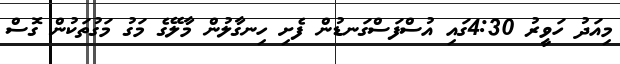
މިއަދު ހަވީރު 4:30ގައި އުސްފަސްގަނޑުން ފެށި ހިނގާލުން މާލޭގެ މަގު މަގުތަކުން ގޮސް